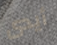
أيدى